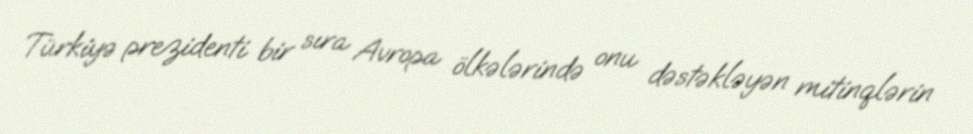
Türkiyə prezidenti bir sıra Avropa ölkələrində onu dəstəkləyən mitinqlərin